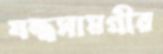
যন্ত্রসামগ্রীর